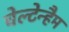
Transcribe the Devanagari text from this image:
चेल्टेन्हैम